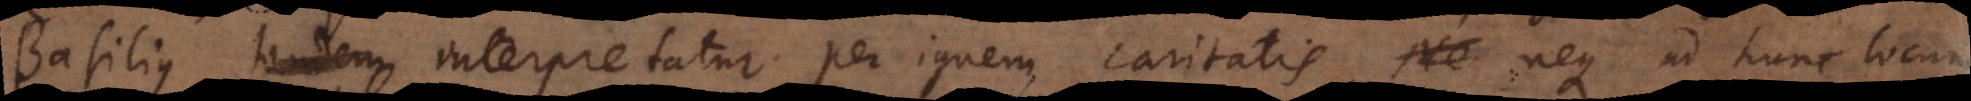
Basilius interpretatur per ignem caritatis, neque ad hunc locum